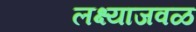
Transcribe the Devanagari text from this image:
लक्ष्याजवळ